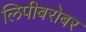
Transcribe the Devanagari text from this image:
लिपीबरोबर